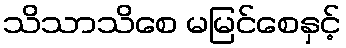
သိသာသိစေ မမြင်စေနှင့်